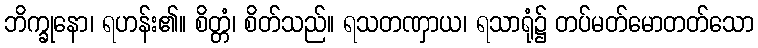
ဘိက္ခုနော၊ ရဟန်း၏။ စိတ္တံ၊ စိတ်သည်။ ရသတဏှာယ၊ ရသာရုံ၌ တပ်မတ်မောတတ်သော